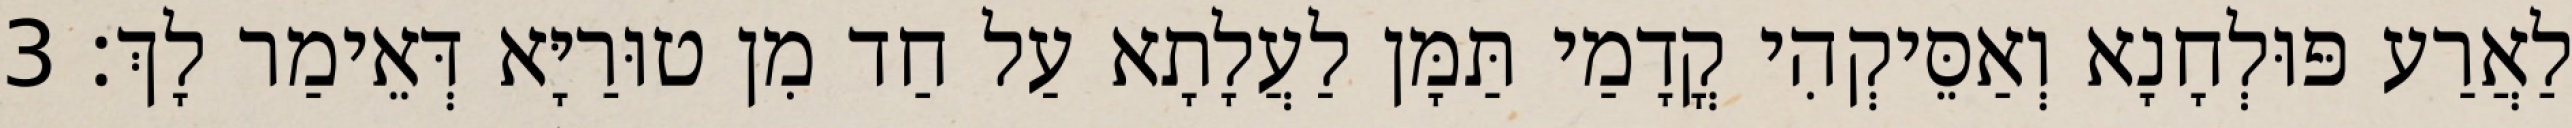
לַאֲרַע פּוּלְחָנָא וְאַסֵּיקְהִי קֳדָמַי תַּמָּן לַעֲלָתָא עַל חַד מִן טוּרַיָּא דְּאֵימַר לָךְ׃ 3